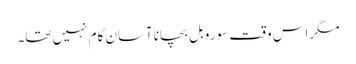
مگر اس وقت سو روبل بچانا آسان کام نہیں تھا۔